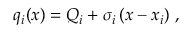
q _ { i } ( x ) = Q _ { i } + \sigma _ { i } \left( x - x _ { i } \right) \, ,